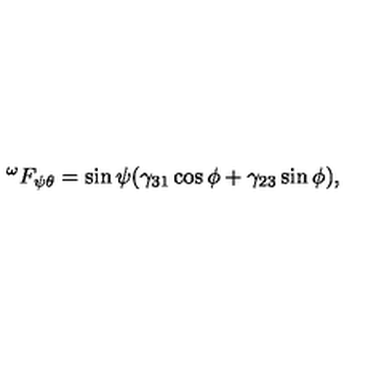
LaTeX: ^ { \omega } F _ { \psi \theta } = \sin \psi ( \gamma _ { 3 1 } \cos \phi + \gamma _ { 2 3 } \sin \phi ) ,